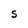
Character: S